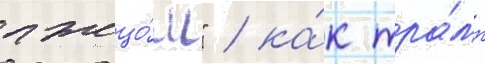
лжецо́м" / ка́к тра́мп